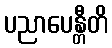
ပညာပေန္တီတိ